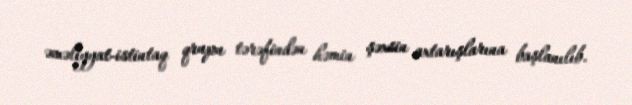
əməliyyat-istintaq qrupu tərəfindən həmin şəxsin axtarışlarına başlanılıb.